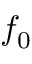
f _ { 0 }